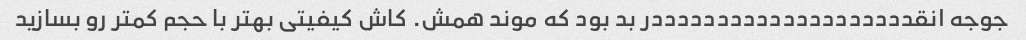
جوجه انقددددددددددددددددددددر بد بود که موند همش. کاش کیفیتی بهتر با حجم کمتر رو بسازید